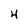
Character: 4